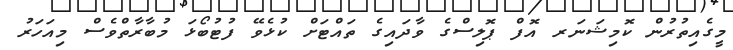
މީގެއިތުރުން ކޮމިޝަނަރ އޮފް ޕޮލިސްގެ ވާދައިގެ ތައްޓަށް ކުޅެވޭ ފުޓުބޯޅަ މުބާރާތްވެސް މިއަހަރު